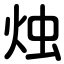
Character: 烛